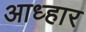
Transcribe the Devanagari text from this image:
आध्हार